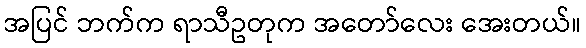
အပြင် ဘက်က ရာသီဥတုက အတော်လေး အေးတယ်။